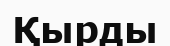
Қырды